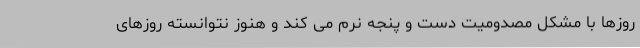
روزها با مشکل مصدومیت دست و پنجه نرم می کند و هنوز نتوانسته روزهای